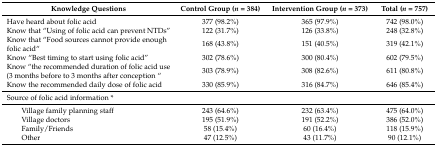
<table><thead><tr><td><b>Knowledge Questions</b></td><td><b>Control Group (<i>n</i> = 384)</b></td><td><b>Intervention Group (<i>n</i> = 373)</b></td><td><b>Total (<i>n</i> = 757)</b></td></tr></thead><tbody><tr><td>Have heard about folic acid</td><td>377 (98.2%)</td><td>365 (97.9%)</td><td>742 (98.0%)</td></tr><tr><td>Know that “Using of folic acid can prevent NTDs” </td><td>122 (31.7%)</td><td>126 (33.8%)</td><td>248 (32.8%)</td></tr><tr><td>Know that “Food sources cannot provide enough folic acid“</td><td>168 (43.8%)</td><td>151 (40.5%)</td><td>319 (42.1%)</td></tr><tr><td>Know “Best timing to start using folic acid”</td><td>302 (78.6%)</td><td>300 (80.4%)</td><td>602 (79.5%)</td></tr><tr><td>Know “the recommended duration of folic acid use (3 months before to 3 months after conception “</td><td>303 (78.9%)</td><td>308 (82.6%)</td><td>611 (80.8%)</td></tr><tr><td>Know the recommended daily dose of folic acid</td><td>330 (85.9%)</td><td>316 (84.7%)</td><td>646 (85.4%)</td></tr><tr><td>Source of folic acid information *</td><td></td><td></td><td></td></tr><tr><td>Village family planning staff</td><td>243 (64.6%)</td><td>232 (63.4%)</td><td>475 (64.0%)</td></tr><tr><td>Village doctors</td><td>195 (51.9%)</td><td>191 (52.2%)</td><td>386 (52.0%)</td></tr><tr><td>Family/Friends</td><td>58 (15.4%)</td><td>60 (16.4%)</td><td>118 (15.9%)</td></tr><tr><td>Other</td><td>47 (12.5%)</td><td>43 (11.7%)</td><td>90 (12.1%)</td></tr></tbody></table>